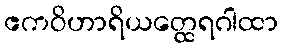
ဧကဝိဟာရိယတ္ထေရဂါထာ